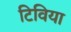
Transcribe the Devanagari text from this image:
टिविया